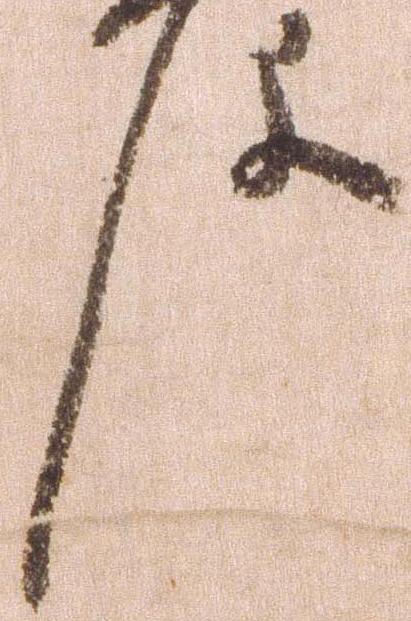
件